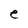
Character: e